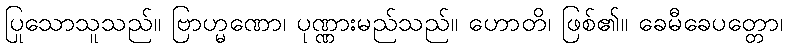
ပြုသောသူသည်။ ဗြာဟ္မဏော၊ ပုဏ္ဏားမည်သည်။ ဟောတိ၊ ဖြစ်၏။ ခေမီခေပတ္တော၊